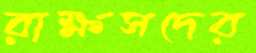
রাক্ষসদের